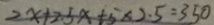
2 x + 2 . 5 x + 5 \times 2 . 5 = 3 5 0